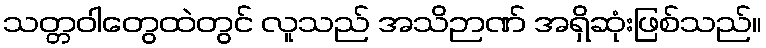
သတ္တဝါတွေထဲတွင် လူသည် အသိဉာဏ် အရှိဆုံးဖြစ်သည်။